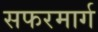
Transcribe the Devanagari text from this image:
सफरमार्ग